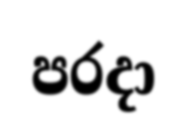
පරදා